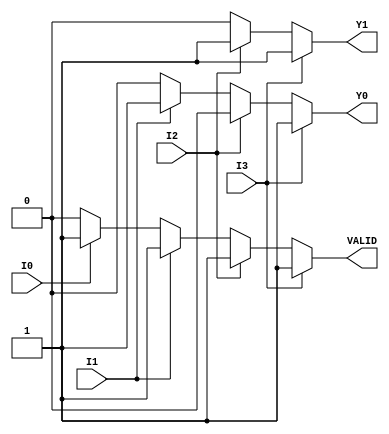
module encoder_4to2 (
    input wire I0,   // Input 0
    input wire I1,   // Input 1
    input wire I2,   // Input 2
    input wire I3,   // Input 3
    output reg Y1,   // Output 1
    output reg Y0,   // Output 0
    output reg VALID // Valid output signal
);

always @(*) begin
    // Default values
    Y1 = 1'b0;
    Y0 = 1'b0;
    VALID = 1'b0;

    if (I3) begin
        Y1 = 1'b1; // Highest priority input
        Y0 = 1'b1;
        VALID = 1'b1;
    end else if (I2) begin
        Y1 = 1'b1;
        Y0 = 1'b0;
        VALID = 1'b1;
    end else if (I1) begin
        Y1 = 1'b0;
        Y0 = 1'b1;
        VALID = 1'b1;
    end else if (I0) begin
        Y1 = 1'b0;
        Y0 = 1'b0;
        VALID = 1'b1;
    end else begin
        VALID = 1'b0; // No input is active
    end
end

endmodule